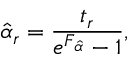
\hat { \alpha } _ { r } = \frac { t _ { r } } { e ^ { F _ { \hat { \alpha } } } - 1 } ,